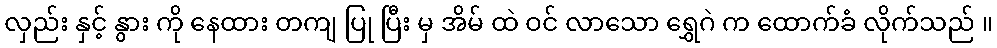
လှည်း နှင့် နွား ကို နေထား တကျ ပြု ပြီး မှ အိမ် ထဲ ဝင် လာသော ရွှေဂဲ က ထောက်ခံ လိုက်သည် ။